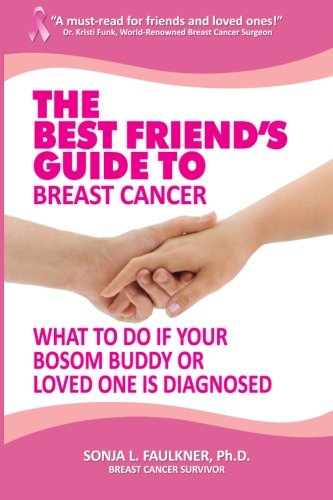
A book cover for The Best Friend's Guide to Breast Cancer: What to Do if Your Bosom Buddy or Loved One is Diagnosed; Sonja L. Faulkner Ph.D.; Health, Fitness & Dieting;